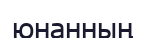
юнанның